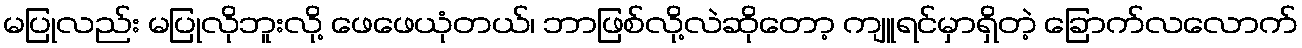
မပြုလည်း မပြုလိုဘူးလို့ ဖေဖေယုံတယ်၊ ဘာဖြစ်လို့လဲဆိုတော့ ကျူရင်မှာရှိတဲ့ ခြောက်လလောက်